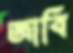
জাবি